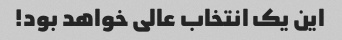
این یک انتخاب عالی خواهد بود!